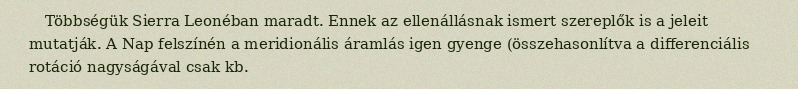
Többségük Sierra Leonéban maradt. Ennek az ellenállásnak ismert szereplők is a jeleit mutatják. A Nap felszínén a meridionális áramlás igen gyenge (összehasonlítva a differenciális rotáció nagyságával csak kb.